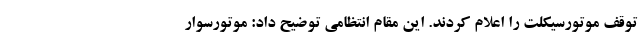
توقف موتورسیکلت را اعلام کردند. این مقام انتظامی توضیح داد: موتورسوار